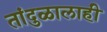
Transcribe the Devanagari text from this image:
तांदुळालाही